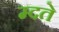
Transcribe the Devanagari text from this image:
म्दते